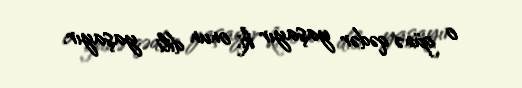
o günə qədər yaşayır ki, onun dili yaşayır.